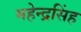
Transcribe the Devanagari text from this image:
महेन्द्रसिंह